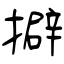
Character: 擗